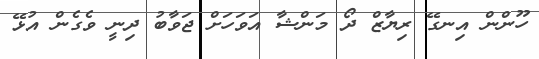
ހޫންން އިނގޭ ރިޔާޒް ދޯ މަންޝާ އަވަހަށް ޖަވާބު ދިނީ ވެގެން އުޅޭ